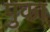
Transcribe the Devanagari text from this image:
पुका